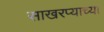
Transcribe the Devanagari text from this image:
साखरप्याच्या